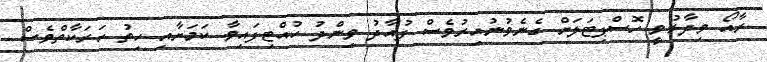
ރާއޯ ވިދާޅުވީ ހޮސްޕިޓަލަށް ގެނެވުނުއިރުވެސް ފުއާދު ވިންދު ހުއްޓިފައިވާ ކަމަށާއި ހިތު ހަރަކާތްވެސް